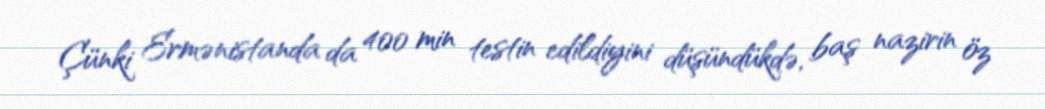
Çünki Ermənistanda da 400 min testin edildiyini düşündükdə, baş nazirin öz